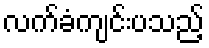
လက်ခံကျင်းပသည့်